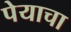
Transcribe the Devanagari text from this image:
पेयाचा